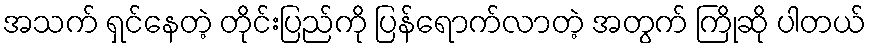
အသက် ရှင်နေတဲ့ တိုင်းပြည်ကို ပြန်ရောက်လာတဲ့ အတွက် ကြိုဆို ပါတယ်